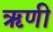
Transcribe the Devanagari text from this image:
ॠणी